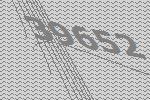
39652